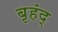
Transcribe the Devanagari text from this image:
बृहंद्